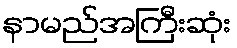
နာမည်အကြီးဆုံး